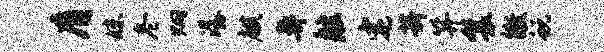
膺妹冬炯潺麒鼻舷宅薪笄鬟徵蜕